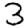
Digit: 3